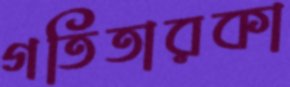
গতিতারকা